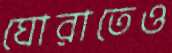
ঘোরাতেও